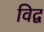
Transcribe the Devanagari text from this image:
विद्व